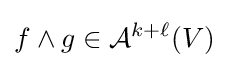
f\wedge g\in {\mathcal {A}}^{k+\ell }(V)